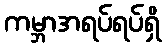
ကမ္ဘာအရပ်ရပ်ရှိ